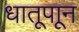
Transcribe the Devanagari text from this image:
धातूपाून